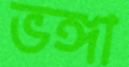
ভঙ্গা